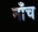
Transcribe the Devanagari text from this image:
नाँच